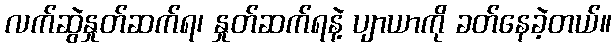
လက်ဆွဲနှုတ်ဆက်ရ၊ နှုတ်ဆက်ရနဲ့ ပျာယာကို ခတ်နေခဲ့တယ်။